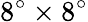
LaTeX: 8^{\circ}\times 8^{\circ}